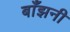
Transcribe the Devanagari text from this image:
बाँझनी